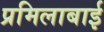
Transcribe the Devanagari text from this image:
प्रमिलाबाई